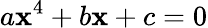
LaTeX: a\mathbf{x}^{4}+b\mathbf{x}+c=0